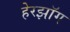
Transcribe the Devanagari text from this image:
हेरझॉग